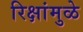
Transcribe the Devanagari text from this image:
रिक्षांमुळे